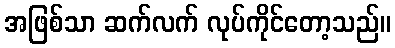
အဖြစ်သာ ဆက်လက် လုပ်ကိုင်တော့သည်။